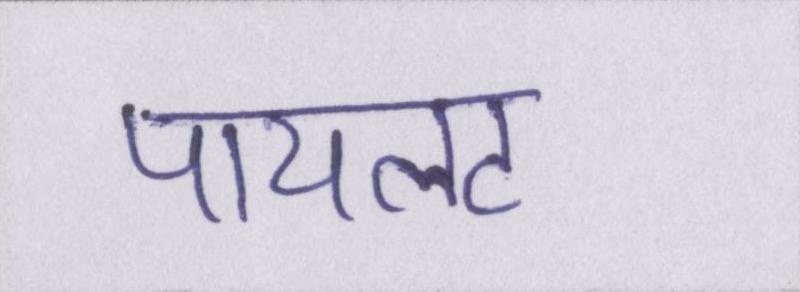
पायलट